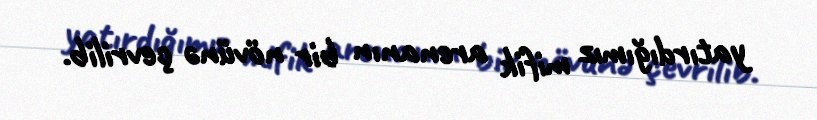
yatırdığımız mifik arenanın bir növünə çevrilib.